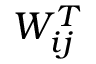
W _ { i j } ^ { T }